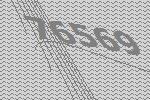
76569